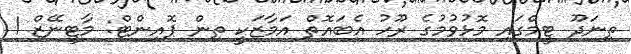
ތިނަދޫ ޓީމްގައި މޮޅުވުމުގެ ރޫހު އެބައޮތް އަމާޒަކީ ތިން ޕޮއިންޓް: މާޓީނޭޒް 1